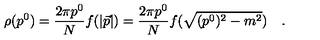
\rho ( p ^ { 0 } ) = \frac { 2 \pi p ^ { 0 } } { N } f ( | \vec { p } | ) = \frac { 2 \pi p ^ { 0 } } { N } f ( \sqrt { ( p ^ { 0 } ) ^ { 2 } - m ^ { 2 } } ) \quad .